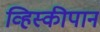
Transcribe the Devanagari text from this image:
व्हिस्कीपान